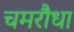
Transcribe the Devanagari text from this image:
चमरौधा